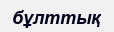
бұлттық